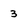
Character: 3